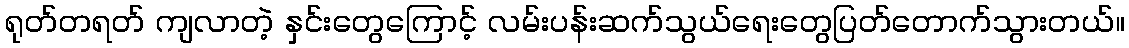
ရုတ်တရတ် ကျလာတဲ့ နှင်းတွေကြောင့် လမ်းပန်းဆက်သွယ်ရေးတွေပြတ်တောက်သွားတယ်။